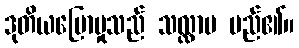
ဒုတိယပြောမှုသည် သလ္လာပ မည်၏။